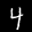
Label: 4